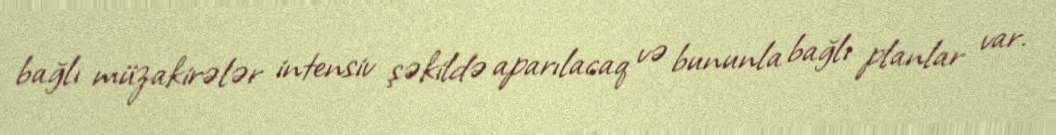
bağlı müzakirələr intensiv şəkildə aparılacaq və bununla bağlı planlar var.